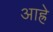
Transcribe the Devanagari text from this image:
आह्रे